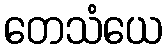
တေသံယေ